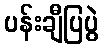
ပန်းချီပြပွဲ